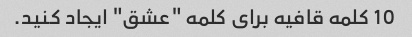
10 کلمه قافیه برای کلمه "عشق" ایجاد کنید.